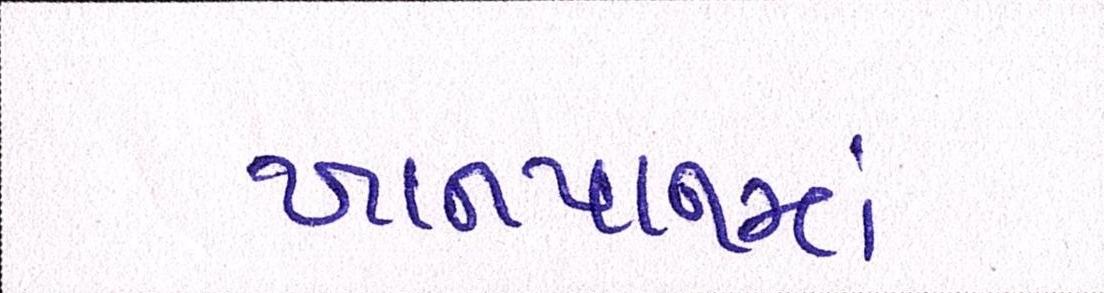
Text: ખાનપાનમાં